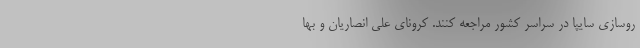
روسازی سایپا در سراسر کشور مراجعه کنند. کرونای علی انصاریان و بها